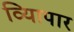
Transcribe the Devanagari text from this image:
व्यािपार